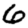
Digit: 6